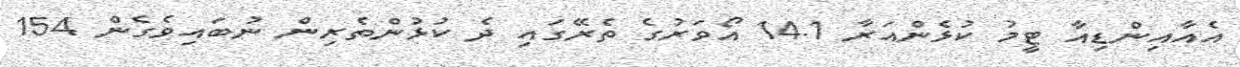
އެއާއިންޑިއާ ޓީމު ކުޅެންއަރާ 14.1 އޯވަރުގެ ތެރޭގައި ދެ ކުޅުންތެރިން ނުބައިވެގެން 154